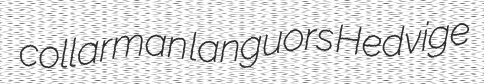
collarman languors Hedvige